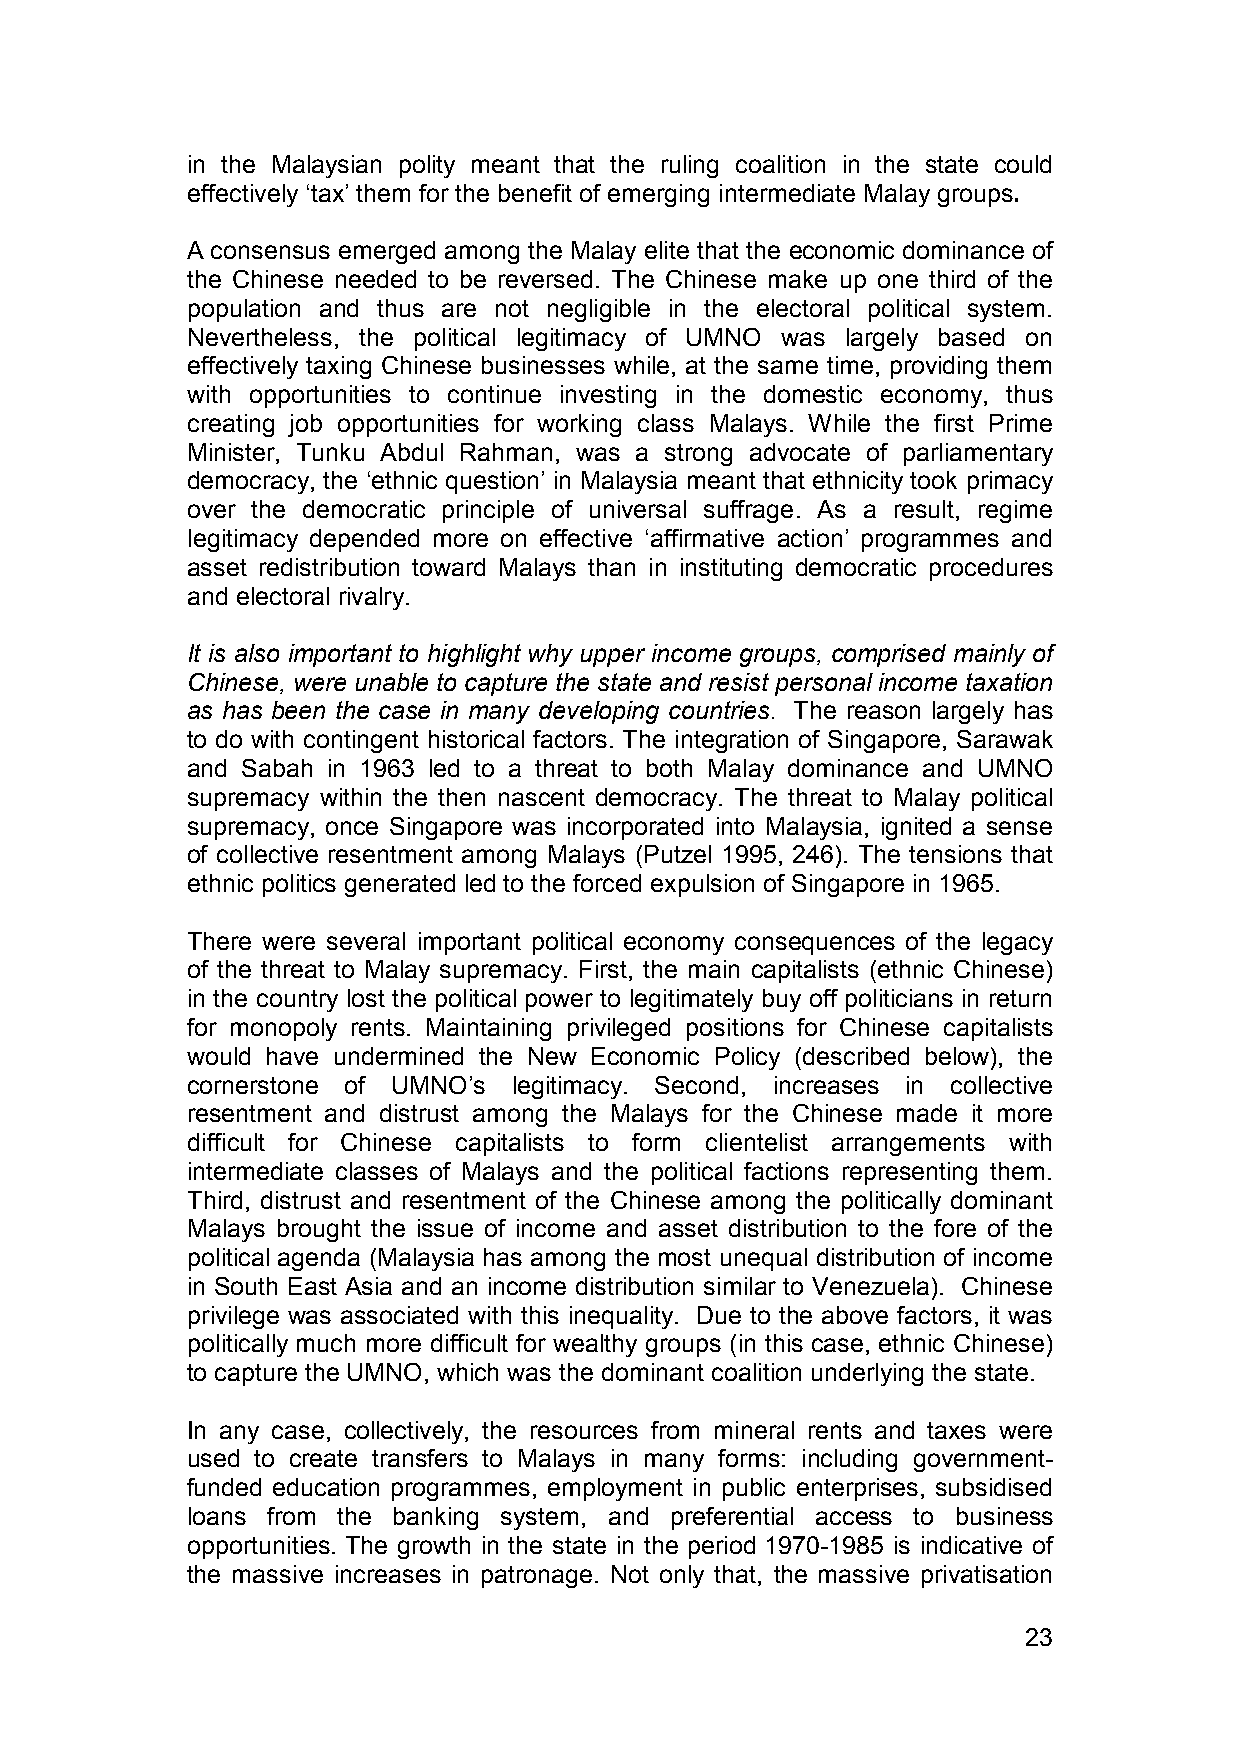
in the Malaysian polity meant that the ruling coalition in the state could
 effectively ‘tax’ them for the benefit of emerging intermediate Malay groups.
 A consensus emerged among the Malay elite that the economic dominance of
 the Chinese needed to be reversed. The Chinese make up one third of the
 population and thus are not negligible in the electoral political system.
 Nevertheless, the political legitimacy of UMNO was largely based on
 effectively taxing Chinese businesses while, at the same time, providing them
 with opportunities to continue investing in the domestic economy, thus
 creating job opportunities for working class Malays. While the first Prime
 Minister, Tunku Abdul Rahman, was a strong advocate of parliamentary
 democracy, the ‘ethnic question’ in Malaysia meant that ethnicity took primacy
 over the democratic principle of universal suffrage. As a result, regime
 legitimacy depended more on effective ‘affirmative action’ programmes and
 asset redistribution toward Malays than in instituting democratic procedures
 and electoral rivalry.
 It is also important to highlight why upper income groups, comprised mainly of
 Chinese, were unable to capture the state and resist personal income taxation
 as has been the case in many developing countries. The reason largely has
 to do with contingent historical factors. The integration of Singapore, Sarawak
 and Sabah in 1963 led to a threat to both Malay dominance and UMNO
 supremacy within the then nascent democracy. The threat to Malay political
 supremacy, once Singapore was incorporated into Malaysia, ignited a sense
 of collective resentment among Malays (Putzel 1995, 246). The tensions that
 ethnic politics generated led to the forced expulsion of Singapore in 1965.
 There were several important political economy consequences of the legacy
 of the threat to Malay supremacy. First, the main capitalists (ethnic Chinese)
 in the country lost the political power to legitimately buy off politicians in return
 for monopoly rents. Maintaining privileged positions for Chinese capitalists
 would have undermined the New Economic Policy (described below), the
 cornerstone of UMNO’s legitimacy. Second, increases in collective
 resentment and distrust among the Malays for the Chinese made it more
 difficult for Chinese capitalists to form clientelist arrangements with
 intermediate classes of Malays and the political factions representing them.
 Third, distrust and resentment of the Chinese among the politically dominant
 Malays brought the issue of income and asset distribution to the fore of the
 political agenda (Malaysia has among the most unequal distribution of income
 in South East Asia and an income distribution similar to Venezuela). Chinese
 privilege was associated with this inequality. Due to the above factors, it was
 politically much more difficult for wealthy groups (in this case, ethnic Chinese)
 to capture the UMNO, which was the dominant coalition underlying the state.
 In any case, collectively, the resources from mineral rents and taxes were
 used to create transfers to Malays in many forms: including government-
 funded education programmes, employment in public enterprises, subsidised
 loans from the banking system, and preferential access to business
 opportunities. The growth in the state in the period 1970-1985 is indicative of
 the massive increases in patronage. Not only that, the massive privatisation
 23